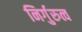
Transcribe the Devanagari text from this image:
निर्गुरुत्व